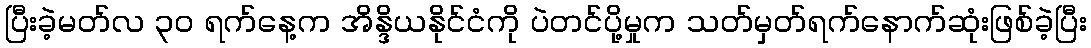
ပြီးခဲ့မတ်လ ၃၀ ရက်နေ့က အိန္ဒိယနိုင်ငံကို ပဲတင်ပို့မှုက သတ်မှတ်ရက်နောက်ဆုံးဖြစ်ခဲ့ပြီး